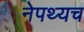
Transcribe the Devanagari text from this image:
नेपथ्यच